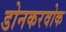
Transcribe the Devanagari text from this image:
डोनकरवोक